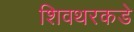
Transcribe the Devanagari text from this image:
शिवथरकडे